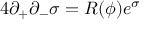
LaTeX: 4 \partial _ { + } \partial _ { - } \sigma = R ( \phi ) e ^ { \sigma }